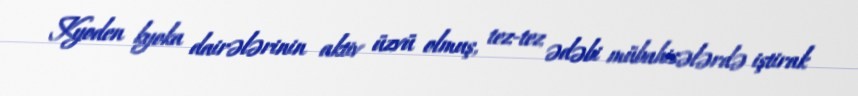
Kyoden kyoka dairələrinin aktiv üzvü olmuş, tez-tez ədəbi mübahisələrdə iştirak